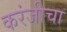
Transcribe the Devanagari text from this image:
करंजीचा